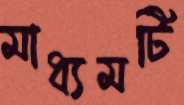
মাধ্যমটি